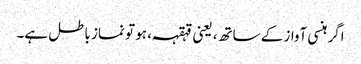
اگر ہنسی آواز کے ساتھ، یعنی قہقہہ ، ہو تو نماز باطل ہے۔